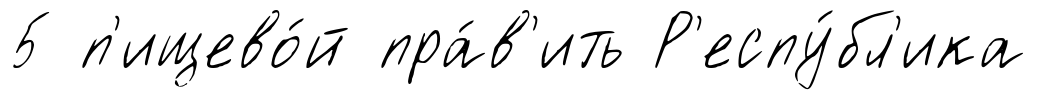
5 п'ищево́й пра́в'ить Р'еспу́бл'ика